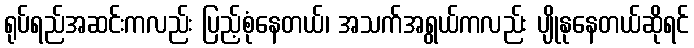
ရုပ်ရည်အဆင်းကလည်း ပြည့်စုံနေတယ်၊ အသက်အရွယ်ကလည်း ပျိုနုနေတယ်ဆိုရင်